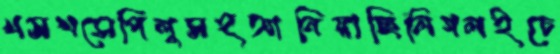
খসখসেপিলুসহআনিয়াছিলিগলইচে